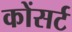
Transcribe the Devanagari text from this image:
कोंसर्ट